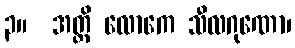
၃။  အတ္ထိ လောကေ သီလဂုဏော၊